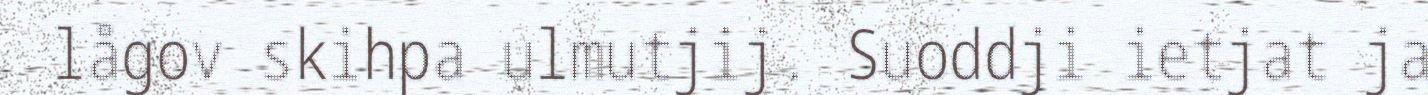
lågov skihpa ulmutjij. Suoddji ietjat ja